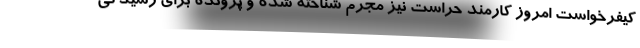
کیفرخواست امروز کارمند حراست نیز مجرم شناخته شده و پرونده برای رسیدگی